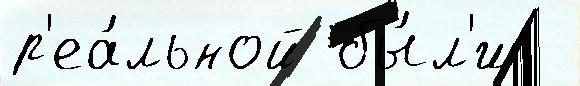
р'еа́льной бы́л'и